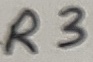
Text: R3